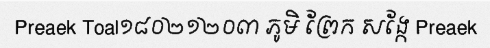
Preaek Toal១៨០២១២០៣ ភូមិ ព្រែក សង្កែ Preaek